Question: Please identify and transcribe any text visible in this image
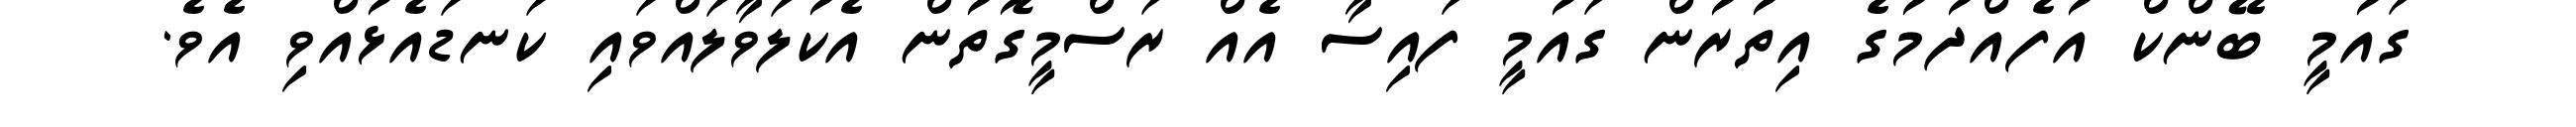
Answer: ގައުމީ ބޭންކް އުފެއްދުމުގެ އިތުރުން ގައުމީ ފައިސާ އެއް ރަސްމީގޮތުން އެކުލަވާލައްވައި ކަނޑައެޅުއްވި އެވެ.